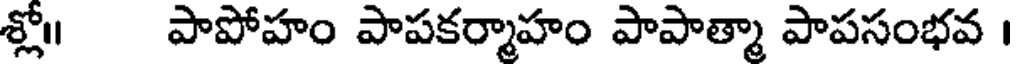
శ్లో॥ పాపోహం పాపకర్మాహం పాపాత్మా పాపసంభవ ।